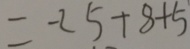
= - 2 5 + 8 + 5